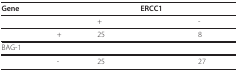
<table><thead><tr><td><b>Gene</b></td><td></td><td></td><td><b>ERCC1</b></td><td></td></tr></thead><tbody><tr><td></td><td></td><td>+</td><td></td><td>-</td></tr><tr><td></td><td>+</td><td>25</td><td></td><td>8</td></tr><tr><td>BAG-1</td><td></td><td></td><td></td><td></td></tr><tr><td></td><td>-</td><td>25</td><td></td><td>27</td></tr></tbody></table>